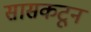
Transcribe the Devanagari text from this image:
सासकटून